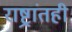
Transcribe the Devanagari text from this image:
राष्ट्रांतही